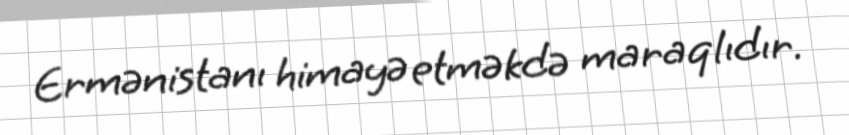
Ermənistanı himayə etməkdə maraqlıdır.